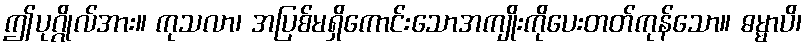
ဤပုဂ္ဂိုလ်အား။ ကုသလာ၊ အပြစ်မရှိကောင်းသောအကျိုးကိုပေးတတ်ကုန်သော။ ဓမ္မာပိ၊